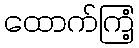
ထောက်ကြံ့